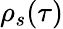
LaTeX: \rho_{s}(\tau)